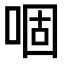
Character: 𠴱